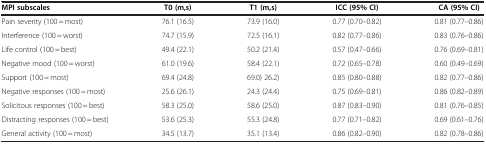
| MPI subscales | T0 (m,s) | T1 (m,s) | ICC (95% CI) | CA (95% CI) |
 | --- | --- | --- | --- | --- |
 | Pain severity (100 = most) | 76.1 (16.5) | 73.9 (16.0) | 0.77 (0.70–0.82) | 0.81 (0.77–0.86) |
 | Interference (100 = worst) | 74.7 (15.9) | 72.5 (16.1) | 0.82 (0.77–0.86) | 0.83 (0.76–0.86) |
 | Life control (100 = best) | 49.4 (22.1) | 50.2 (21.4) | 0.57 (0.47–0.66) | 0.76 (0.69–0.81) |
 | Negative mood (100 = worst) | 61.0 (19.6) | 58.4 (22.1) | 0.72 (0.65–0.78) | 0.60 (0.49–0.69) |
 | Support (100 = most) | 69.4 (24.8) | 69.0) 26.2) | 0.85 (0.80–0.88) | 0.82 (0.77–0.86) |
 | Negative responses (100 = most) | 25.6 (26.1) | 24.3 (24.4) | 0.75 (0.69–0.81) | 0.86 (0.82–0.89) |
 | Solicitous responses (100 = best) | 58.3 (25.0) | 58.6 (25.0) | 0.87 (0.83–0.90) | 0.81 (0.76–0.85) |
 | Distracting responses (100 = best) | 53.6 (25.3) | 55.3 (24.8) | 0.77 (0.71–0.82) | 0.69 (0.61–0.76) |
 | General activity (100 = most) | 34.5 (13.7) | 35.1 (13.4) | 0.86 (0.82–0.90) | 0.82 (0.78–0.86) |